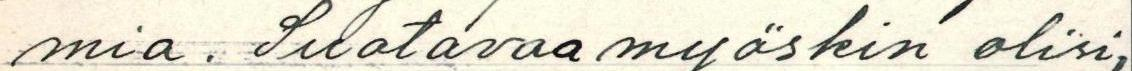
mia. Suotavaa myöskin olisi,